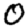
Digit: 0